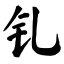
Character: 钆